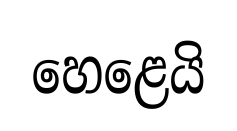
හෙළෙයි